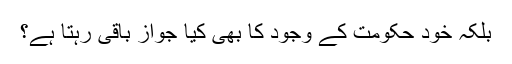
بلکہ خود حکومت کے وجود کا بھی کیا جواز باقی رہتا ہے؟